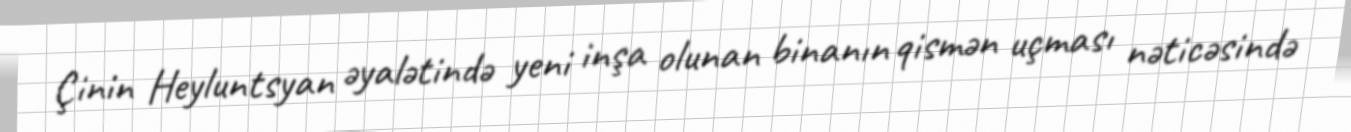
Çinin Heyluntsyan əyalətində yeni inşa olunan binanın qismən uçması nəticəsində